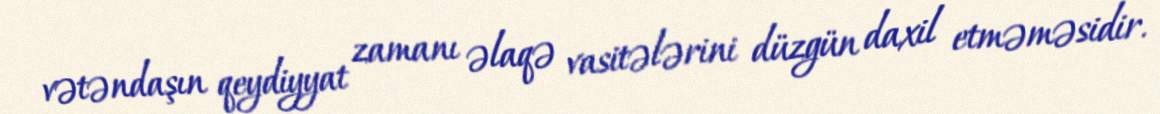
vətəndaşın qeydiyyat zamanı əlaqə vasitələrini düzgün daxil etməməsidir.